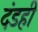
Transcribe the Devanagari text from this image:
दंडही